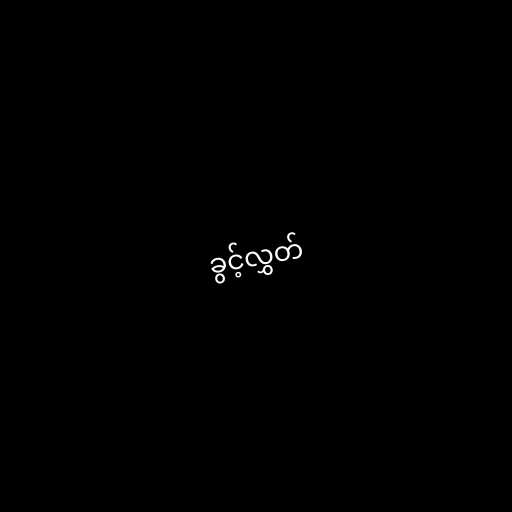
ခွင့်လွှတ်